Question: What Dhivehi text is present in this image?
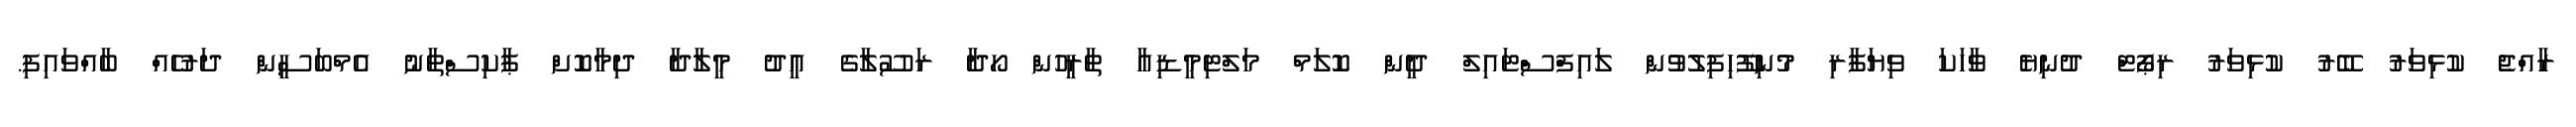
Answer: ރާއްޖެ ކުޅިވަރު ބޭރު ކުޅިވަރު ރިޕޯޓް ދުނިޔެ ވާހަކަ ވިޔަފާރި މުނިފޫހިފިލުވުން ލައިފްސްޓައިލް ދީން ކޮލަމް މަލްޓިމީޑިއާ ތާރީހުން ހޯދާ ރަސޫލާގެ އީދު މީލާދާ ދިމާކޮށް ޕާކިސްތާނު އެމްބަސީން ދަރުހެއް ބާއްވައިފި.